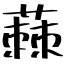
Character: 蕀